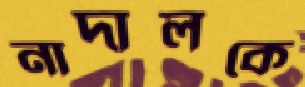
নাদালকে